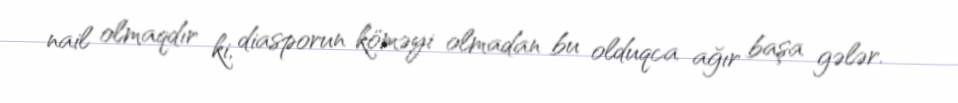
nail olmaqdır ki, diasporun köməyi olmadan bu olduqca ağır başa gələr.